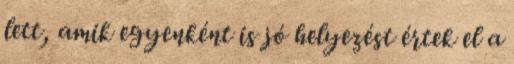
lett, amik egyenként is jó helyezést értek el a